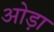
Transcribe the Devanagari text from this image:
ओड़ा